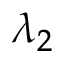
\lambda _ { 2 }